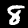
Label: 8